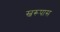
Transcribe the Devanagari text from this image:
स्वरूपास